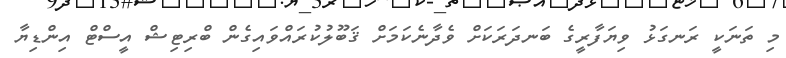
މި ތަނަކީ ރަނގަޅު ވިޔަފާރީގެ ބަނދަރަކަށް ވެދާނެކަމަށް ޤަބޫލުކުރައްވައިގެން ބްރިޓިޝް އީސްޓް އިންޑިޔާ